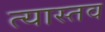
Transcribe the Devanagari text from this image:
त्यास्तव